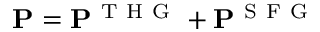
\mathbf { P } = \mathbf { P } ^ { \mathrm { ~ T ~ H ~ G ~ } } + \mathbf { P } ^ { \mathrm { ~ S ~ F ~ G ~ } }